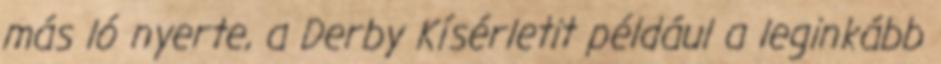
más ló nyerte, a Derby Kísérletit például a leginkább